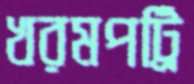
খরমপট্রি